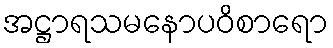
အဋ္ဌာရသမနောပဝိစာရော